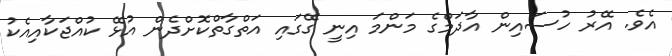
އެެވެ. އޭރު ހުސައިން އާދަމްގެ މަންމަ އިނީ ގޭގައި އަތްގާތްކޮށްދެން އުޅޭ ކުއްޖަކާއިއެކު